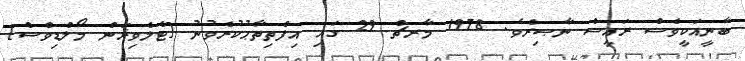
ބާނީއަކީވެސް ރައީސް ނާޞިރެވެ. 1978 މާރޗް 29 ގައި އިފްތިތާޙުކުރެވުނު [ޓެލެވިޜަން މޯލްޑިވްސް]